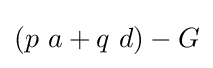
{\textstyle \left(p\ a+q\ d\right)-G}